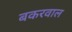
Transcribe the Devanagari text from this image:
बकरवाल